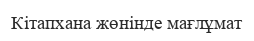
Кітапхана жөнінде мағлұмат